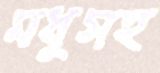
মধুসহ